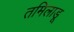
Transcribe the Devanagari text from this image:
तमिलाडू